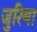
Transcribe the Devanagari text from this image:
जुरिया